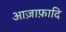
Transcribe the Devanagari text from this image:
आज़ाफ़ादि